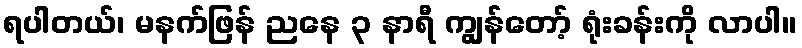
ရပါတယ်၊ မနက်ဖြန် ညနေ ၃ နာရီ ကျွန်တော့် ရုံးခန်းကို လာပါ။